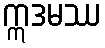
ဣဒမဿ